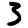
Digit: 3